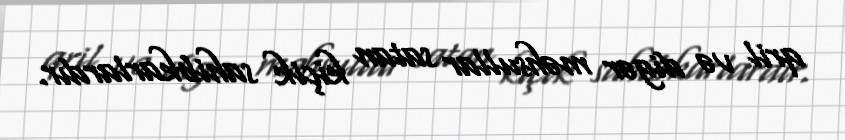
qril və digər məhsullar satan kiçik sahibkarlardır.